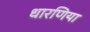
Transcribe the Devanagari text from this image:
धारणिया